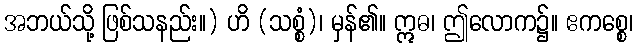
အဘယ်သို့ ဖြစ်သနည်း။) ဟိ (သစ္စံ)၊ မှန်၏။ ဣဓ၊ ဤလောက၌။ ဧကစ္စေ၊